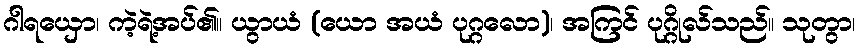
ဂါရယှော၊ ကဲ့ရဲ့အပ်၏။ ယွာယံ (ယော အယံ ပုဂ္ဂလော)၊ အကြင် ပုဂ္ဂိုလ်သည်။ သုတွာ၊